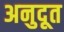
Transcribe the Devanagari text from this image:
अनुदूत